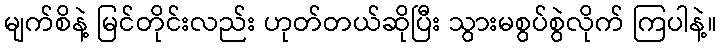
မျက်စိနဲ့ မြင်တိုင်းလည်း ဟုတ်တယ်ဆိုပြီး သွားမစွပ်စွဲလိုက် ကြပါနဲ့။